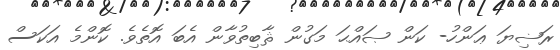
ރަޟިޔަ ޢަންހު- ކަން ޞައްޙަ މަގުން ޘާބިތުވާން އެބަ އޮތެވެ. ކޮންމެ އަކަސް